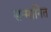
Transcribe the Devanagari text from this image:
सन्‍मानित